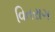
વિતરાગ